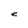
Character: e